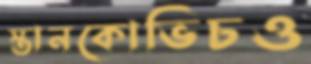
স্তানকোভিচও